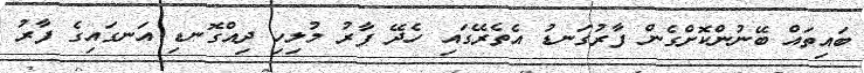
ބައިތައް ބޭނުންކޮށްގެން ފާރުގަނޑު އެތެރޭގައި ހެދޭ ފާރު މުލިހި ދިއްގޮނޑި އަނގައިގެ ފާރު